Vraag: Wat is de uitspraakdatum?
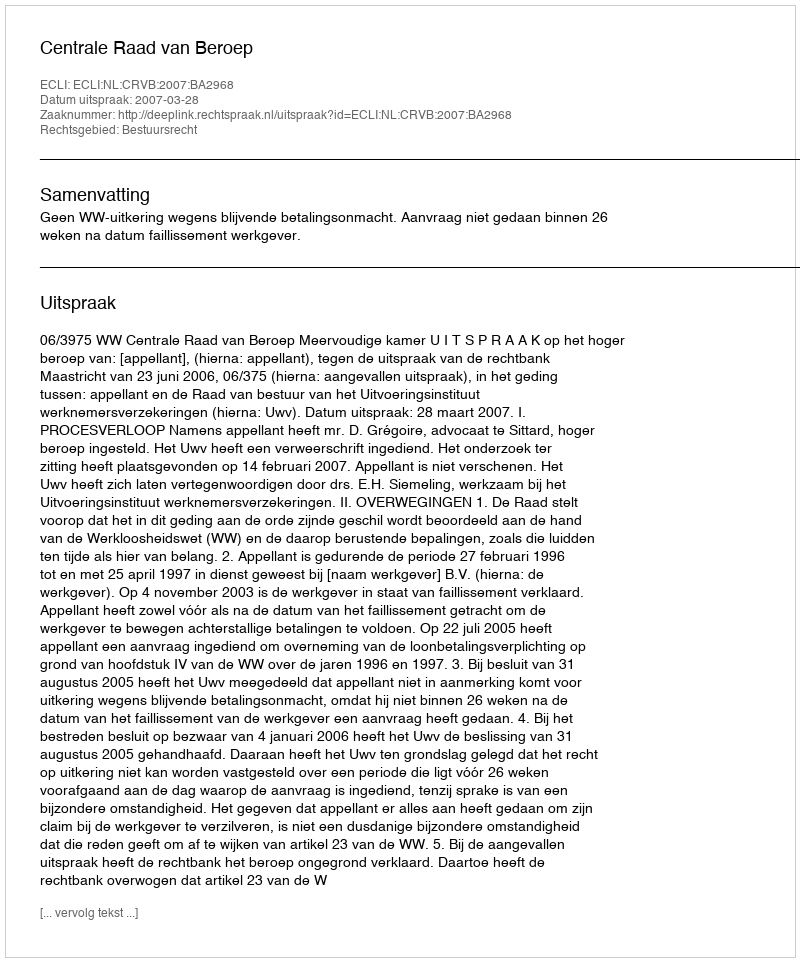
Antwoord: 2007-03-28